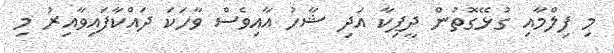
މި ފިލްމާއި ގުޅޭގޮތުން ދީޕިކާ އަދި ޝާހު އާއިވެސް ވާހަކަ ދައްކާފައިވާއިރު މި